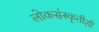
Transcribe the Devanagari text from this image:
लोकसंस्कृतीशी